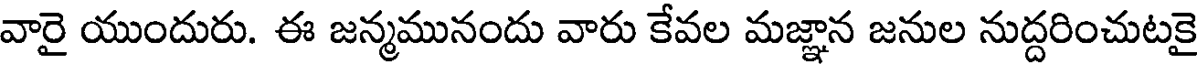
వారై యుందురు. ఈ జన్మమునందు వారు కేవల మజ్ఞాన జనుల నుద్దరించుటకై